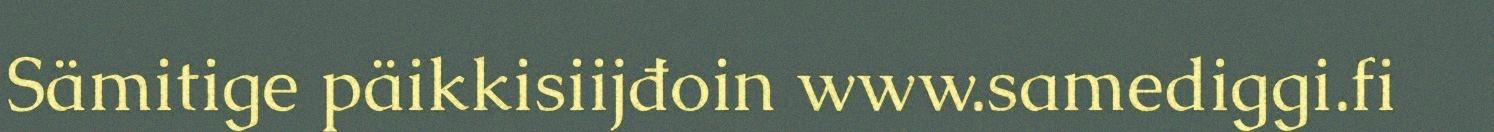
Sämitige päikkisiijđoin www.samediggi.fi